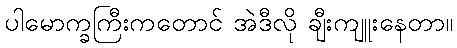
ပါမောက္ခကြီးကတောင် အဲဒီလို ချီးကျူးနေတာ။